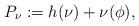
LaTeX: \begin{align*} P_\nu := h(\nu)+\nu(\phi),\end{align*}